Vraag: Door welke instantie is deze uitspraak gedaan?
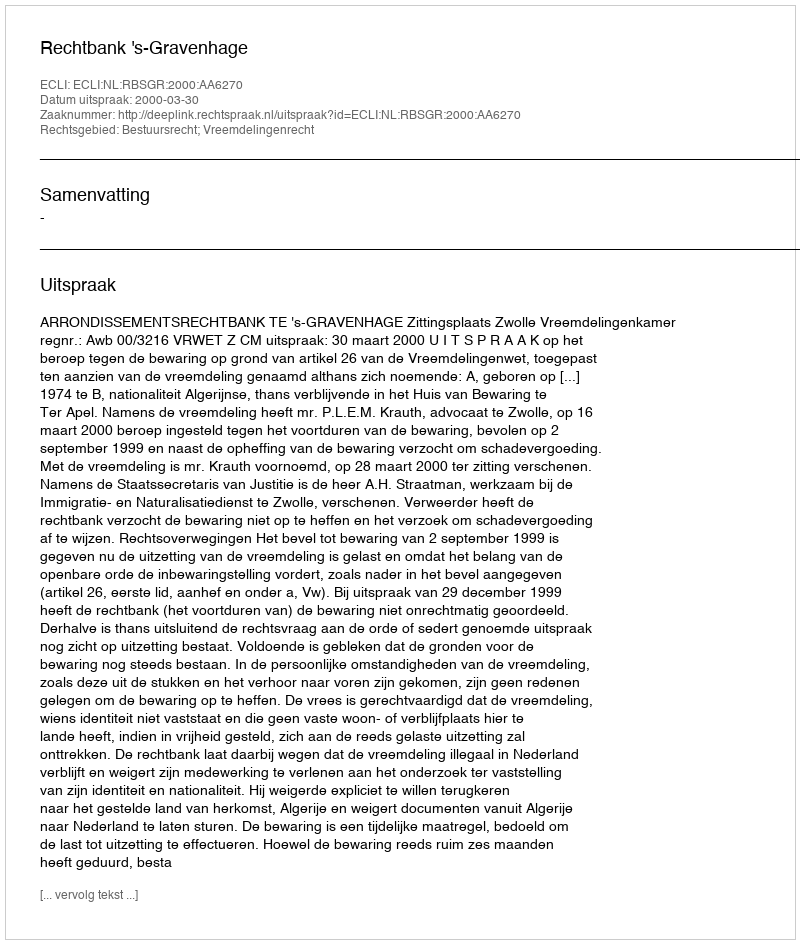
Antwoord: Rechtbank 's-Gravenhage